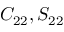
C _ { 2 2 } , S _ { 2 2 }